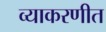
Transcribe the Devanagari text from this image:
व्याकरणीत